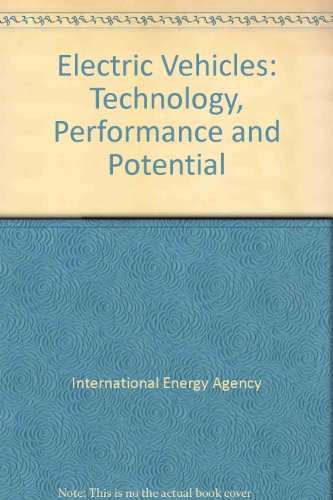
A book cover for Electric Vehicles: Technology, Performance and Potential; International Energy Agency; Engineering & Transportation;